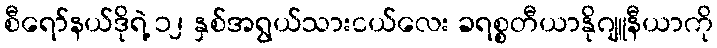
စီရော်နယ်ဒိုရဲ့ ၁၂ နှစ်အရွယ်သားငယ်လေး ခရစ္စတီယာနိုဂျူနီယာကို